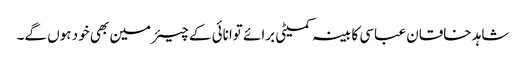
شاہد خاقان عباسی کابینہ کمیٹی برائے توانائی کے چیئرمین بھی خود ہوں گے۔